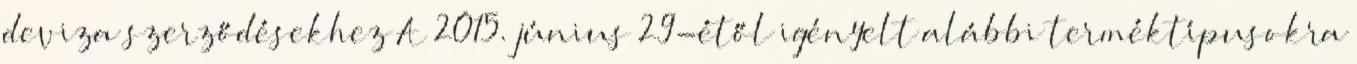
deviza szerződésekhez A 2015. június 29-étől igényelt alábbi terméktípusokra